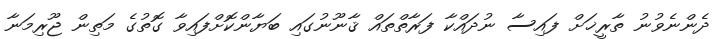
ދެންނެވުނު ތާރީޚަށް ފައިސާ ނުދައްކާ ފަރާތްތައް ޤާނޫނުގައި ބަޔާންކޮށްފައިވާ ގޮތުގެ މަތިން ޖޫރިމަނާ